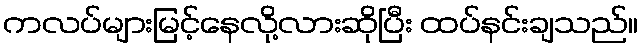
ကလပ်များမြင့်နေလို့လားဆိုပြီး ထပ်နင်းချသည်။